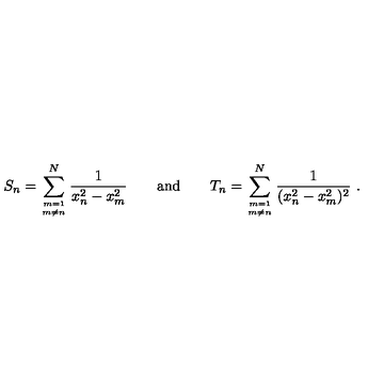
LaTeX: S _ { n } = \sum _ { m = 1 \atop m \ne n } ^ { N } \frac { 1 } { x _ { n } ^ { 2 } - x _ { m } ^ { 2 } } \qquad \mathrm { a n d } \qquad T _ { n } = \sum _ { m = 1 \atop m \ne n } ^ { N } \frac { 1 } { ( x _ { n } ^ { 2 } - x _ { m } ^ { 2 } ) ^ { 2 } } \ .